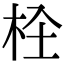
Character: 𣐍